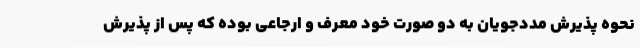
نحوه پذیرش مددجویان به دو صورت خود معرف و ارجاعی بوده که پس از پذیرش